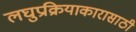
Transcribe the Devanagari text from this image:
लघुप्रक्रियाकारासाठी